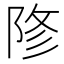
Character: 𨹲